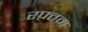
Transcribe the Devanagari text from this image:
रफ़्तम